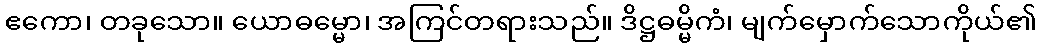
ဧကော၊ တခုသော။ ယောဓမ္မော၊ အကြင်တရားသည်။ ဒိဋ္ဌဓမ္မိကံ၊ မျက်မှောက်သောကိုယ်၏